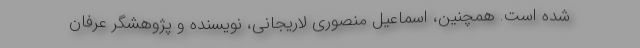
شده است. همچنین، اسماعیل منصوری لاریجانی، نویسنده و پژوهشگر عرفان